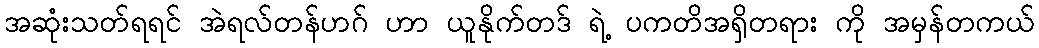
အဆုံးသတ်ရရင် အဲရလ်တန်ဟဂ် ဟာ ယူနိုက်တဒ် ရဲ့ ပကတိအရှိတရား ကို အမှန်တကယ်